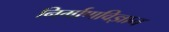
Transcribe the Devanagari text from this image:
निर्माणविज्ञान